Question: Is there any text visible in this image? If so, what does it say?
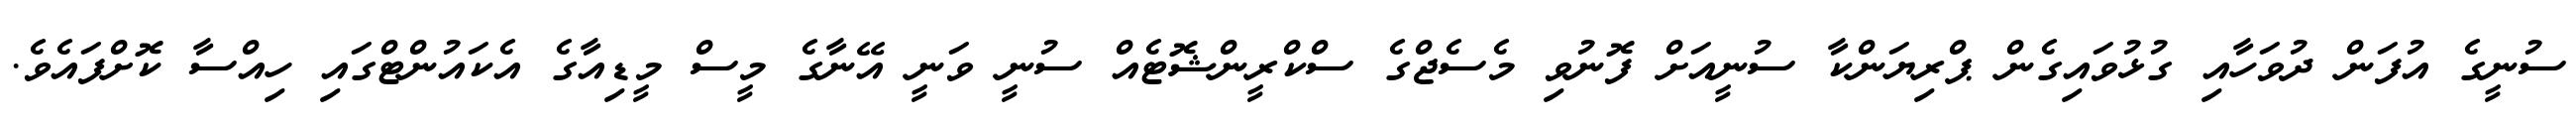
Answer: ސުނީގެ އުފަން ދުވަހާއި ގުޅުވައިގެން ޕްރިޔަންކާ ސުނީއަށް ފޮނުވި މެސެޖްގެ ސްކްރީންޝޮޓެއް ސުނީ ވަނީ އޭނާގެ މީސް މީޑިއާގެ އެކައުންޓްގައި ހިއްސާ ކޮށްފައެވެ.